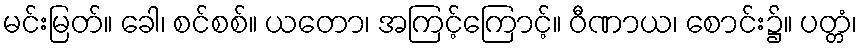
မင်းမြတ်။ ခေါ၊ စင်စစ်။ ယတော၊ အကြင့်ကြောင့်။ ဝီဏာယ၊ စောင်း၌။ ပတ္တံ၊